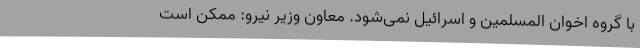
با گروه اخوان المسلمین و اسرائیل نمی‌شود. معاون وزیر نیرو: ممکن است